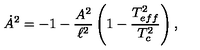
\dot { A } ^ { 2 } = - 1 - \frac { A ^ { 2 } } { \ell ^ { 2 } } \left( 1 - \frac { T _ { e f f } ^ { 2 } } { T _ { c } ^ { 2 } } \right) ,